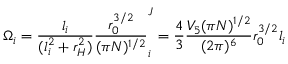
\Omega _ { i } = \frac { l _ { i } } { ( l _ { i } ^ { 2 } + r _ { H } ^ { 2 } ) } \frac { r _ { 0 } ^ { 3 / 2 } } { ( \pi N ) ^ { 1 / 2 } } \sp J _ { i } = \frac { 4 } { 3 } \frac { V _ { 5 } ( \pi N ) ^ { 1 / 2 } } { ( 2 \pi ) ^ { 6 } } r _ { 0 } ^ { 3 / 2 } l _ { i }